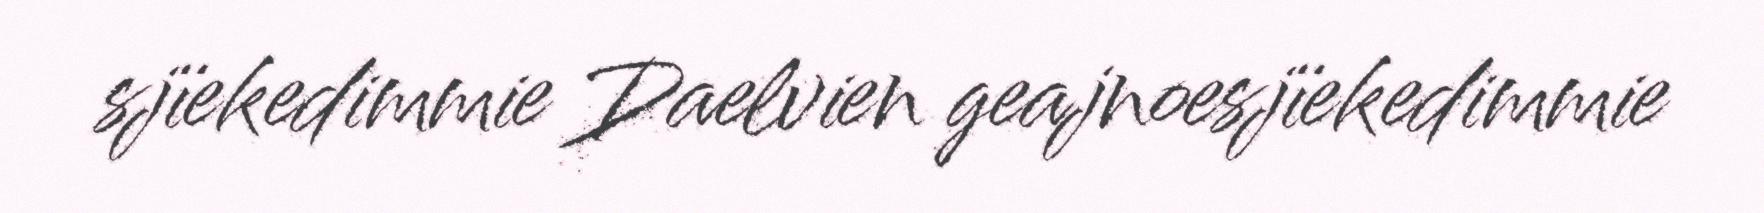
sjïekedimmie Daelvien geajnoesjïekedimmie